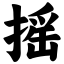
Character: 摇